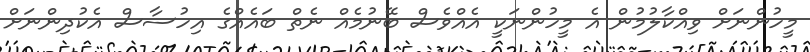
މީހުންނަށް ވިއްކާލުމުން އެ މީހުންނަކީ އެއްވެސް ބޭނުމެއް ނެތް ބައެއްގެ އިހުސާސް އެކުދިންނަށް